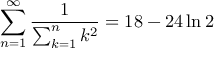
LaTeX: \sum _ { n = 1 } ^ { \infty } { \frac { 1 } { \sum _ { k = 1 } ^ { n } k ^ { 2 } } } = 1 8 - 2 4 \ln 2